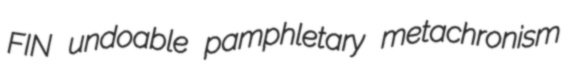
FIN undoable pamphletary metachronism